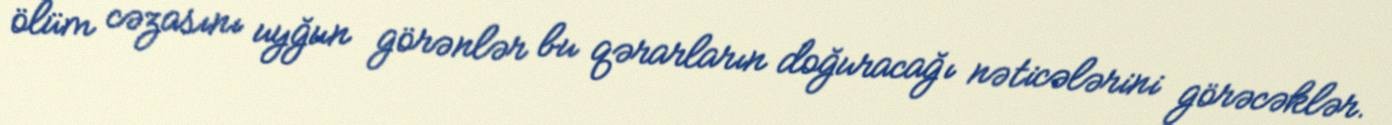
ölüm cəzasını uyğun görənlər bu qərarların doğuracağı nəticələrini görəcəklər.